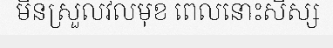
មិនស្រួលវិលមុខ ពេលនោះសិស្ស